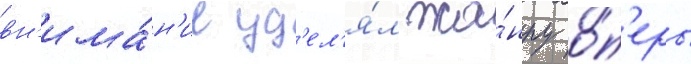
вн'има́н'ие уд'ел'я́л жа́нру о́п'еры